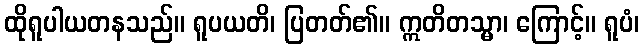
ထိုရူပါယတနသည်။ ရူပယတိ၊ ပြတတ်၏။ ဣတိတသ္မာ၊ ကြောင့်။ ရူပံ၊